Civil Veterinary Department. Central Provinces & Berar 1932-41 - 1932-1941
Year: 1932
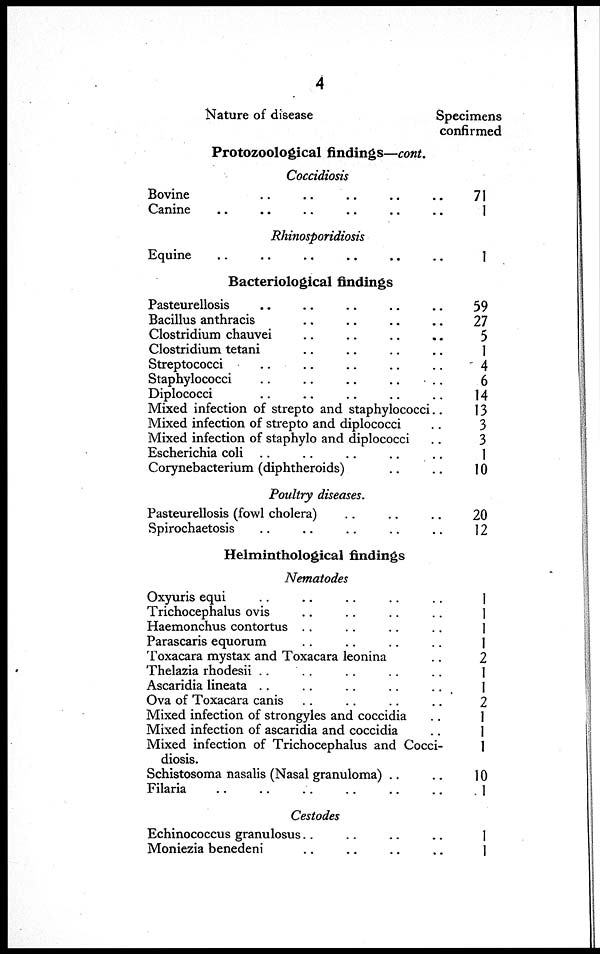
4
Nature of disease
Protozoological findings—cont.
Coccidiosis
Bovine .. .. .. ..
Canine .. .. .. .. ..
Rhinosporidiosis
Equine .. .. .. .. ..
..
Bacteriological findings
Pasteurellosis .. .. .. ..
.. Bacillus anthracis .. .. ..
.. Clostridium chauvei .. .. ..
.. Clostridium tetani .. .. ..
..
Streptococci .. .. .. ..
..
Staphylococci .. .. .. ..
..
Diplococci .. .. .. ..
..
Mixed infection of strepto and staphylococci..
Mixed infection of strepto and diplococci
..
Mixed infection of staphylo and diplococci
.. Escherichia coli .. .. .. ..
.. Corynebacterium (diphtheroids) ..
..
Poultry diseases.
Pasteurellosis (fowl cholera) .. ..
..
Spirochaetosis .. .. .. ..
..
Helminthological findings
Nematodes
Oxyuris equi .. .. .. ..
..
Trichocephalus ovis .. .. .. ..
.. Haemonchus contortus .. .. ..
..
Parascaris equorum .. .. ..
..
Toxacara mystax and Toxacara leonina
..
Thelazia rhodesii .. .. .. ..
.. Ascaridia lineata .. .. .. ..
..
Ova of Toxacara canis .. .. ..
.. Mixed infection of strongyles and coccidia
.. Mixed infection of ascaridia and coccidia
.. Mixed infection of Trichocephalus and Cocci-
diosis.
Schistosoma nasalis (Nasal granuloma) ..
.. Filaria .. .. .. .. ..
Cestodes
Echinococcus granulosus .. .. ..
.. Moniezia benedeni .. .. ..
..
Specimens
confirmed
71
1
1
59
27
5
1
4
6
14
13
3
3
1
10
20
12
1
1
1
1
2
1
1
2
1
1
1
10
1
1
1